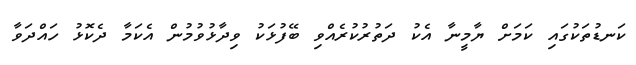
ކަނޑުތަކުގައި ކަމަށް ޔާމީނާ އެކު ދަތުރުކުރެއްވި ބޭފުޅަކު ވިދާޅުވުމުން އެކަމާ ދެކޮޅު ހައްދަވާ